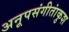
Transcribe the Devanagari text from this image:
अनूपसंगीतांकुश